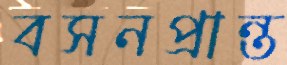
বসনপ্রান্ত